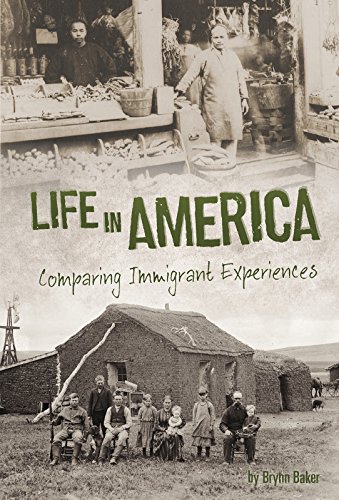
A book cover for Life in America: Comparing Immigrant Experiences (U.S. Immigration in the 1900s); Brynn Baker; Children's Books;